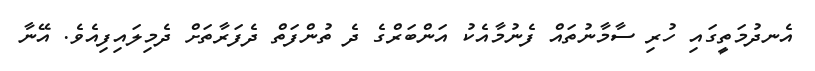
އެނދުމަތީގައި ހުރި ސާމާނުތައް ފެނުމާއެކު އަންބަރްގެ ދެ ތުންފަތް ދެފަރާތަށް ދެމިލައިފިއެވެ. އޭނާ